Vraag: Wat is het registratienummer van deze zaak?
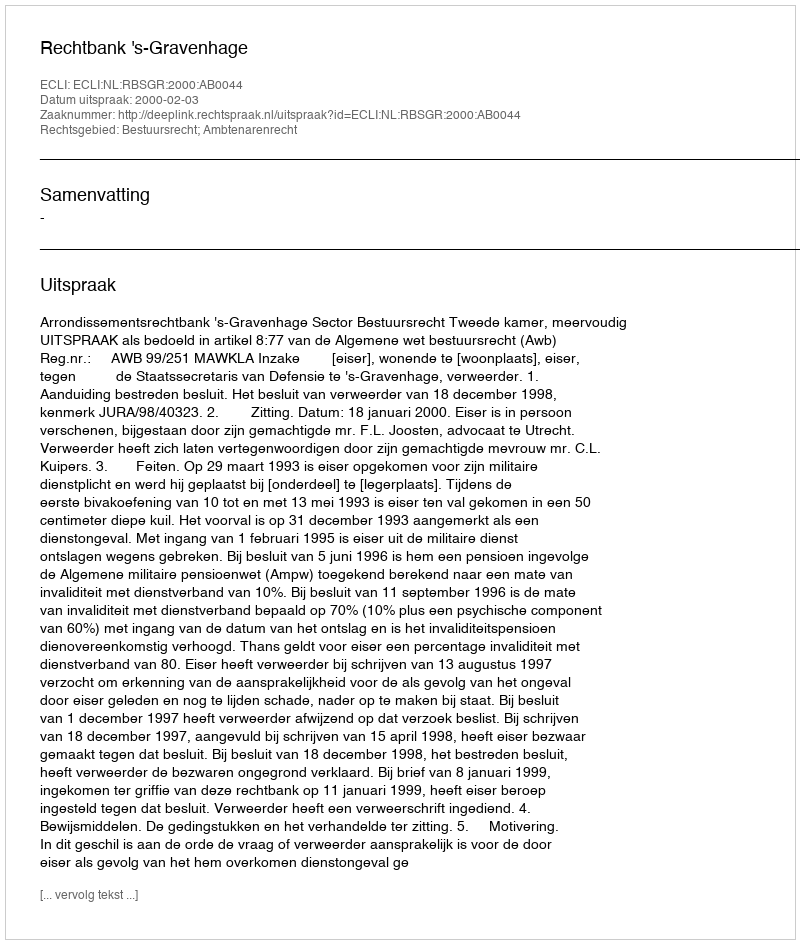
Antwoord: http://deeplink.rechtspraak.nl/uitspraak?id=ECLI:NL:RBSGR:2000:AB0044